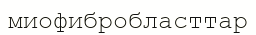
миофибробласттар